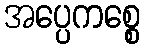
အပ္ပေကစ္စေ